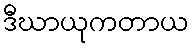
ဒီဃာယုကတာယ